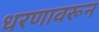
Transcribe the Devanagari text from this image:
धरणावरून